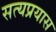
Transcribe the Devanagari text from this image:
सत्यप्रयास